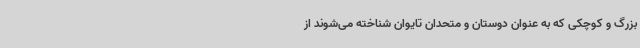
بزرگ و کوچکی که به عنوان دوستان و متحدان تایوان شناخته می‌شوند از